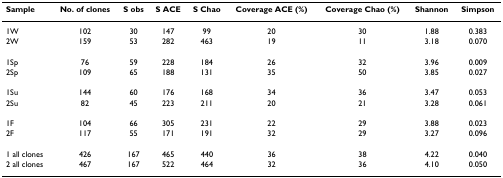
| Sample | No. of clones | S obs | S ACE | S Chao | Coverage ACE (%) | Coverage Chao (%) | Shannon | Simpson |
 | --- | --- | --- | --- | --- | --- | --- | --- | --- |
 | 1W | 102 | 30 | 147 | 99 | 20 | 30 | 1.88 | 0.383 |
 | 2W | 159 | 53 | 282 | 463 | 19 | 11 | 3.18 | 0.070 |
 | 1Sp | 76 | 59 | 228 | 184 | 26 | 32 | 3.96 | 0.009 |
 | 2Sp | 109 | 65 | 188 | 131 | 35 | 50 | 3.85 | 0.027 |
 | 1Su | 144 | 60 | 176 | 168 | 34 | 36 | 3.47 | 0.053 |
 | 2Su | 82 | 45 | 223 | 211 | 20 | 21 | 3.28 | 0.061 |
 | 1F | 104 | 66 | 305 | 231 | 22 | 29 | 3.88 | 0.023 |
 | 2F | 117 | 55 | 171 | 191 | 32 | 29 | 3.27 | 0.096 |
 | 1 all clones | 426 | 167 | 465 | 440 | 36 | 38 | 4.22 | 0.040 |
 | 2 all clones | 467 | 167 | 522 | 464 | 32 | 36 | 4.10 | 0.050 |